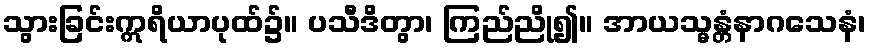
သွားခြင်းဣရိယာပုထ်၌။ ပသီဒိတွာ၊ ကြည်ညို၍။ အာယသ္မန္တံနာဂသေနံ၊